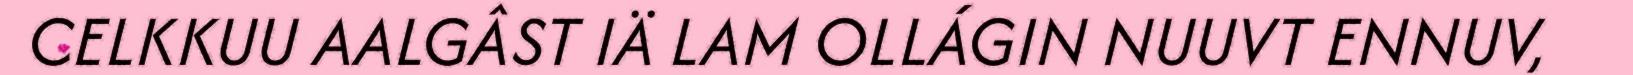
CELKKUU AALGÂST IÄ LAM OLLÁGIN NUUVT ENNUV,